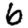
Digit: 6